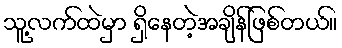
သူ့လက်ထဲမှာ ရှိနေတဲ့အချိန်ဖြစ်တယ်။